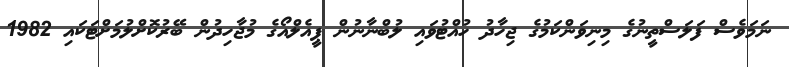
ނަމަވެސް ފަލަސްތީނުގެ މިނިވަންކަމުގެ ޖިހާދު ހުއްޓުވައި ލުބްނާނުން ޕީއެލްއޯގެ މުޖާހިދުން ބޭރުކޮށްލުމަށްޓަކައި 1982